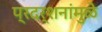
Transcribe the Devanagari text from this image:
प्रदर्शनांमुळे